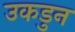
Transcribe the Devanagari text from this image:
उकडुन